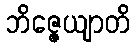
ဘိဇ္ဇေယျာတိ